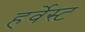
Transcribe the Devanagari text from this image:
हर्वेस्ट